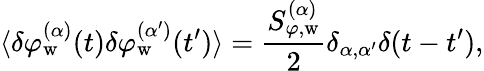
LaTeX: \langle\delta\varphi_{\mathrm{w}}^{(\alpha)}(t)\delta\varphi_{\mathrm{w}}^{(\alpha^{\prime})}(t^{\prime})\rangle=\frac{S_{\varphi,\mathrm{w}}^{(\alpha)}}{2}\delta_{\alpha,\alpha^{\prime}}\delta(t-t^{\prime}),